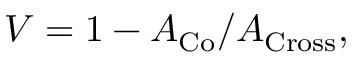
V = 1 - A _ { \mathrm { C o } } / A _ { \mathrm { C r o s s } } ,